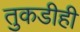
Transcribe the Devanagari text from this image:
तुकडीही